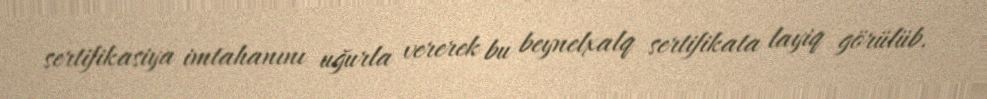
sertifikasiya imtahanını uğurla vererek bu beynelxalq sertifikata layiq görülüb.